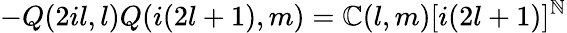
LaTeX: -Q(2il,l)Q(i(2l+1),m)=\mathbb{C}(l,m)[i(2l+1)]^{\mathbb{N}}